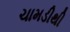
ચામડીથી